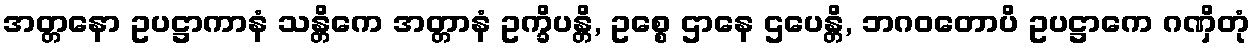
အတ္တနော ဥပဋ္ဌာကာနံ သန္တိကေ အတ္တာနံ ဥက္ခိပန္တိ, ဥစ္စေ ဌာနေ ဌပေန္တိ, ဘဂဝတောပိ ဥပဋ္ဌာကေ ဂဏှိတုံ